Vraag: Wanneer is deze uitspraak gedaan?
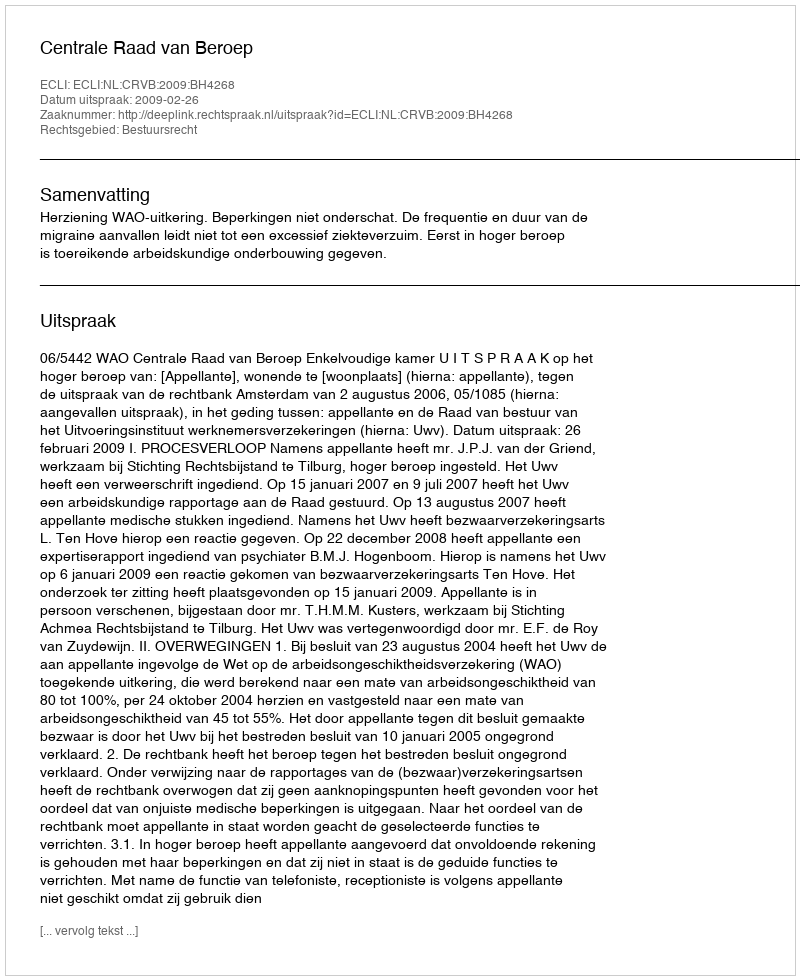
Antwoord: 2009-02-26